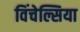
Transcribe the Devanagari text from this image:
विंचेल्सिया